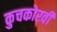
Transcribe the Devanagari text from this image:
कुचकोरवी